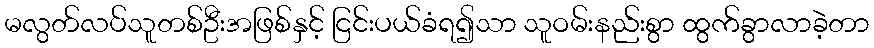
မလွတ်လပ်သူတစ်ဦးအဖြစ်နှင့် ငြင်းပယ်ခံရ၍သာ သူဝမ်းနည်းစွာ ထွက်ခွာလာခဲ့တာ